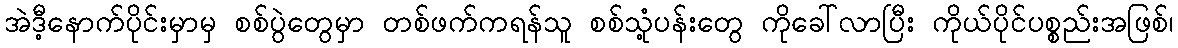
အဲဒီ့နောက်ပိုင်းမှာမှ စစ်ပွဲတွေမှာ တစ်ဖက်ကရန်သူ စစ်သုံ့ပန်းတွေ ကိုခေါ်လာပြီး ကိုယ်ပိုင်ပစ္စည်းအဖြစ်၊